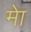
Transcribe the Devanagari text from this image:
मेा